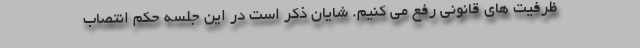
ظرفیت های قانونی رفع می کنیم. شایان ذکر است در این جلسه حکم انتصاب